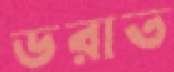
ডরাত